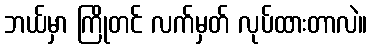
ဘယ်မှာ ကြိုတင် လက်မှတ် လုပ်ထားတာလဲ။